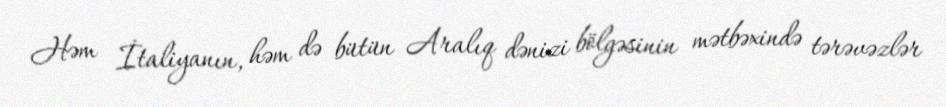
Həm İtaliyanın, həm də bütün Aralıq dənizi bölgəsinin mətbəxində tərəvəzlər